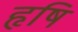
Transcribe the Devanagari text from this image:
हृषि